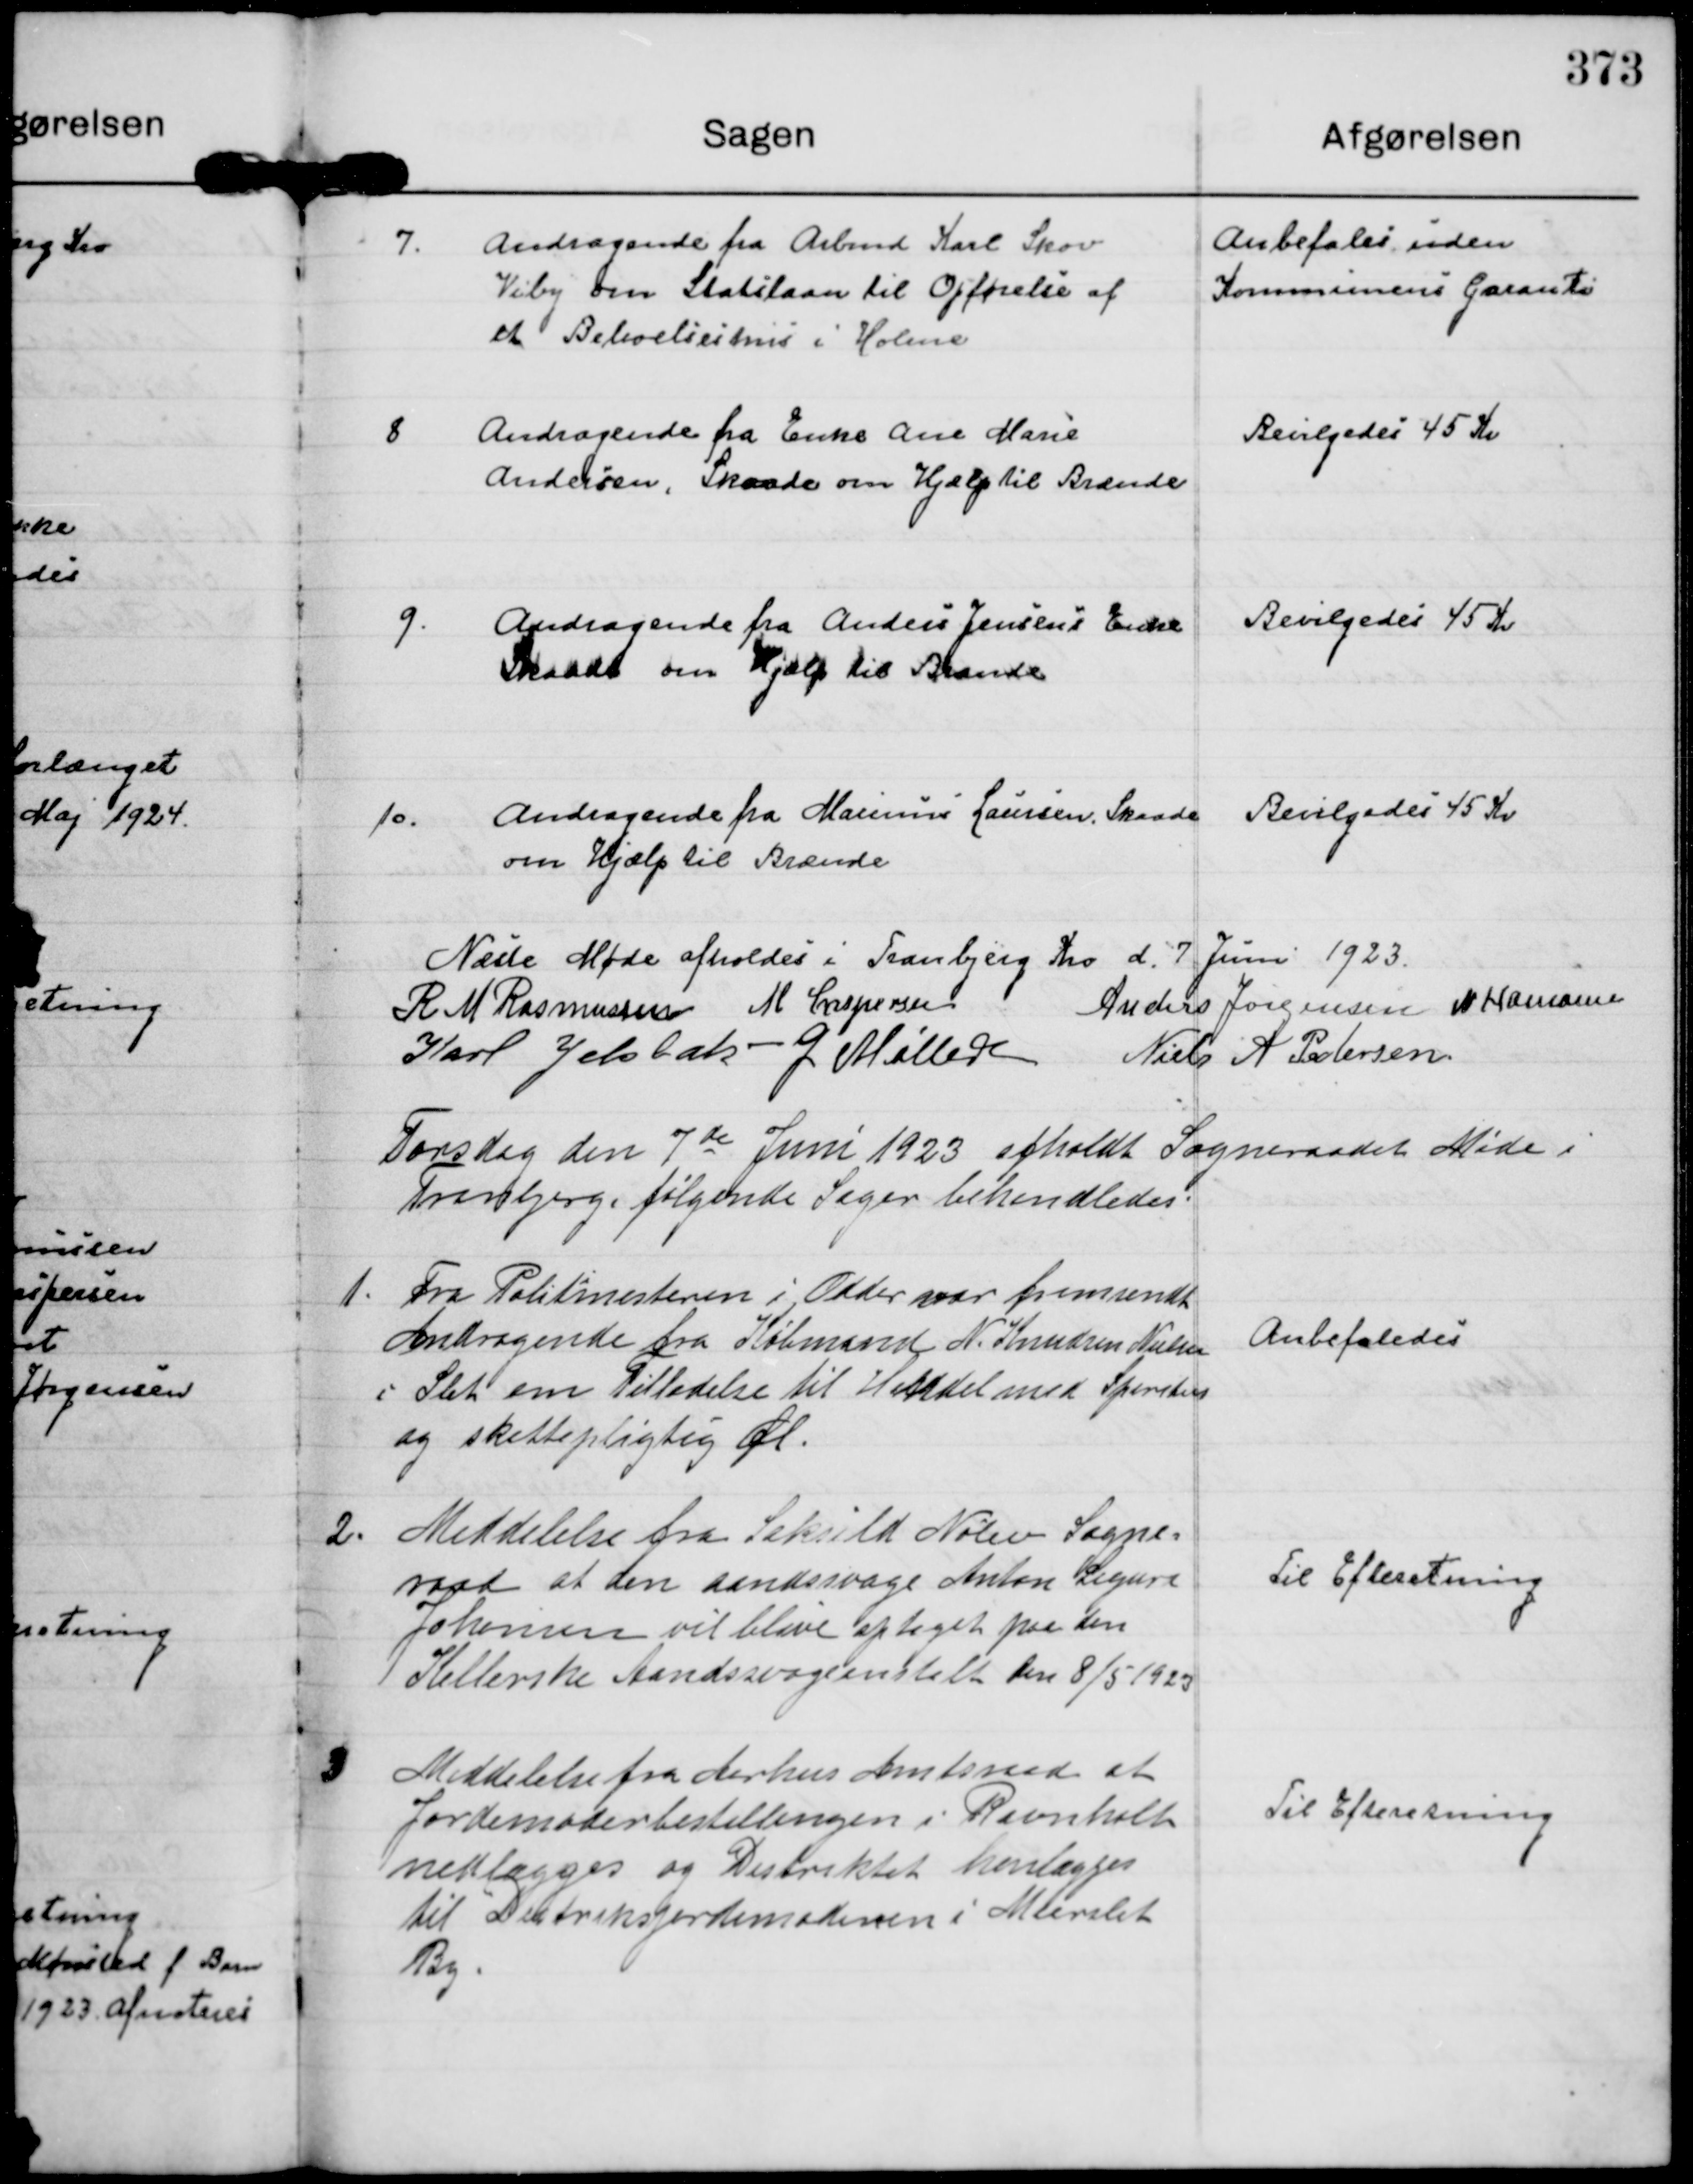
Transskription:
7.
Andragende fra Arbmd Karl Skov
Viby om Statslaan til Opførelse af
et Beboelseshus i Holme

Anbefales uden
Kommunens Garanti

8
Andragende fra Enke Ane Marie
Andersen, Skaade om Hjælp til Brænde

Bevilgedes 45 Kr

9.
Andragende fra Anders Jensens Enke
Skaade om Hjælp til Brænde

Bevilgedes 45 Kr

10.
Andragende fra Marinus Laursen, Skaade
om Hjælp til Brænde

Bevilgedes 45 Kr

Næste Møde afholdes i Tranbjerg Kro d. 7. Juni 1923.
R M Rasmussen
M Caspersen
Anders Jørgensen
N Hamann
Karl Jelsbak -
G Møller
Niels A Pedersen.

Torsdag den 7 de Juni 1923 afholdt Sogneraadet Møde i
Tranbjerg, følende Sager behandledes.

1.
Fra Politimesteren i Odder var fremsendt
Andragende fra Købmand N. Knudsen Nielsen
i Slet om Tilladelse til Handel med Spiritus
og skattepligtig Øl.

Anbefaledes

2.
Meddelelse fra Saksild Nølev Sogne=
raad at den aandssvage Anton Sigurd
Johansen vil blive optaget paa den
Kellerske Aandssvageanstalt den 8/5 1923

Til Efteretning

3
Meddelelse fra Aarhus Amtsraad at 
Jordemoderbestillingen i Ravnholt
nedlægges og Distriktet henlægges	
til Distriksjordemoderen i Maarslet
By.

Til Efteretning